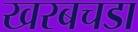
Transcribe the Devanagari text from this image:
खरबचडा